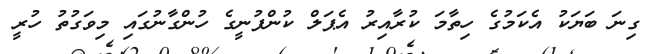
ގިނަ ބަޔަކު އެކަމުގެ ހިތާމަ ކުރާއިރު އެޕަލް ކުންފުނީގެ ހުންގާނުގައި މިވަގުތު ހުރީ